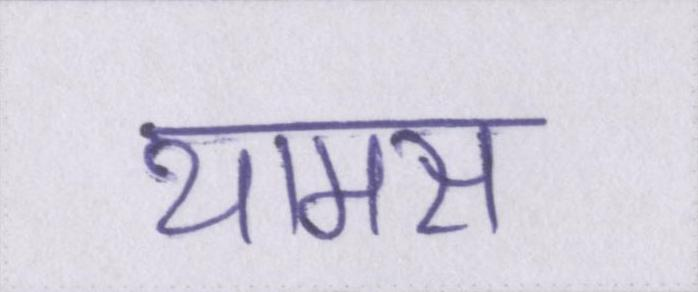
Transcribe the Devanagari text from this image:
थामस